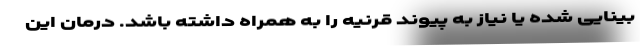
بینایی شده یا نیاز به پیوند قرنیه را به همراه داشته باشد. درمان این